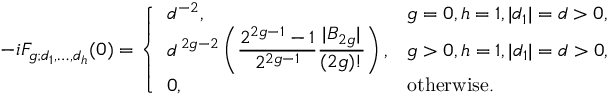
- i F _ { g ; d _ { 1 } , \ldots , d _ { h } } ( 0 ) = \left\{ \begin{array} { l l } { { { d ^ { - 2 } } , } } & { { g = 0 , h = 1 , | d _ { 1 } | = d > 0 , } } \\ { { \displaystyle d ^ { \, 2 g - 2 } \left( { \frac { 2 ^ { 2 g - 1 } - 1 } { 2 ^ { 2 g - 1 } } } { \frac { | B _ { 2 g } | } { ( 2 g ) ! } } \right) , } } & { { g > 0 , h = 1 , | d _ { 1 } | = d > 0 , } } \\ { { 0 , } } & { { \mathrm { o t h e r w i s e } . } } \end{array} \right.